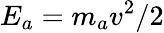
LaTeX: E_{a}=m_{a}v^{2}/2